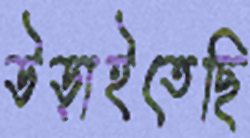
উড়াইতেছি